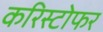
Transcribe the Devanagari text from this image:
करिस्टोफर